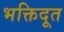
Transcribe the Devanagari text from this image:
भक्तिदूत